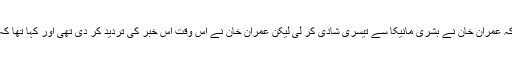
اس سے قبل میڈیا میں خبر آئی تھی کہ عمران خان نے بشری مانیکا سے تیسری شادی کر لی لیکن عمران خان نے اس وقت اس خبر کی تردید کر دی تھی اور کہا تھا کہ میڈیا اس قسم کی خبریں نہ چلائے ۔